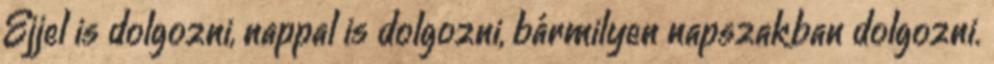
Éjjel is dolgozni, nappal is dolgozni, bármilyen napszakban dolgozni.